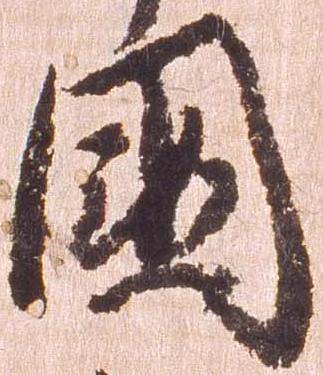
国